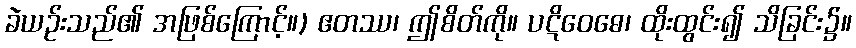
ခဲယဉ်းသည်၏ အဖြစ်ကြောင့်။) ဧတဿ၊ ဤစိတ်ကို။ ပဋိဝေဓေ၊ ထိုးထွင်း၍ သိခြင်း၌။